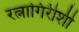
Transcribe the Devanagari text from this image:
रत्नागिरीशी